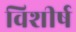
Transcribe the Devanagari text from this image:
विशीर्ष